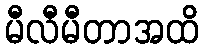
မီလီမီတာအထိ